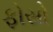
ફોસો